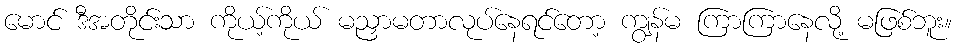
မောင် ဒီအတိုင်းသာ ကိုယ့်ကိုယ် မညှာမတာလုပ်နေရင်တော့ ကျွန်မ ကြာကြာနေလို့ မဖြစ်ဘူး။